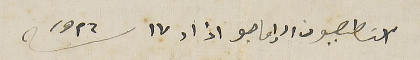
اسَطصيون الإماجو اذار ١٧ سنة ١٩٢٦